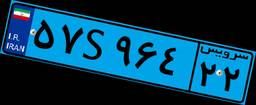
۷۶S۹۸۶۳۳